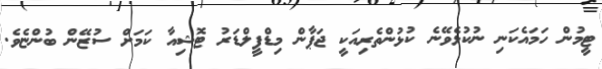
ޓީމުން ހަމައެކަނި ނުކުޅެވޭނެ ކުޅުންތެރިއަކީ ޖަޕާން މިޑްފީލްޑަރު ޓޮޝިއާ ކަމަށް ސުޒޭން ބުންޏެވެ.